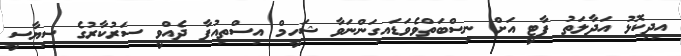
އިދިކޮޅު އަދާލަތު ޕާޓީ އަށް ނިސްބަތްވެވަޑައިގަންނަވާ ޝަހީމް އިސްތިއުފާ ދެއްވީ ސަރުކާރުގެ ސިޔާސީ